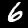
Label: 6